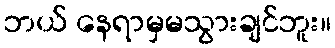
ဘယ် နေရာမှမသွားချင်ဘူး။